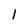
Character: 1